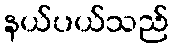
နယ်ပယ်သည်